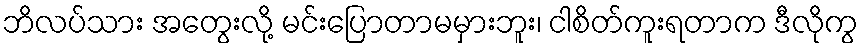
ဘိလပ်သား အတွေးလို့ မင်းပြောတာမမှားဘူး၊ ငါစိတ်ကူးရတာက ဒီလိုကွ